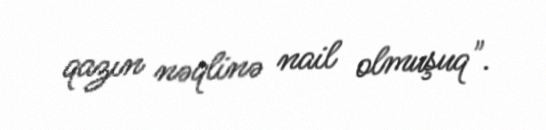
qazın nəqlinə nail olmuşuq".